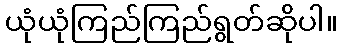
ယုံယုံကြည်ကြည်ရွတ်ဆိုပါ။